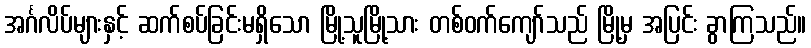
အင်္ဂလိပ်များနှင့် ဆက်စပ်ခြင်းမရှိသော မြို့သူမြို့သား တစ်ဝက်ကျော်သည် မြို့မှ အပြင်း ခွာကြသည်။